Causation and prevention of malarial fevers: a statement of the results of researches drawn up for the use of assistant surgeons, hospital assistants and students
Disease focus: Malaria
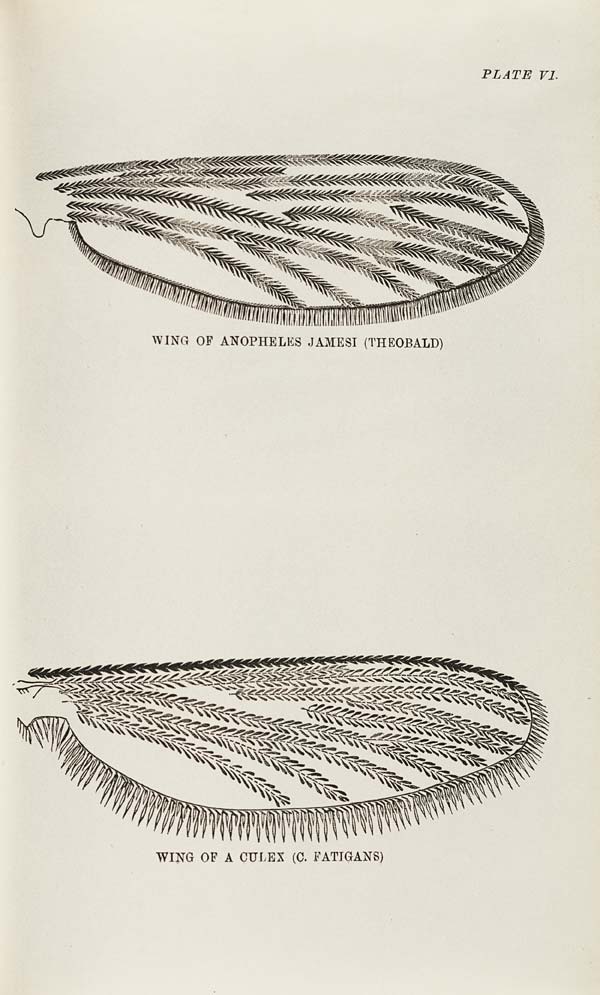
PLATE VI.
WING OF ANOPHELES JAMESI (THEOBALD)
WING OF A CULEX (C. FATIGANS)